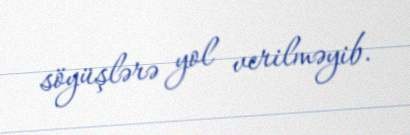
söyüşlərə yol verilməyib.